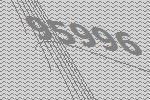
95996